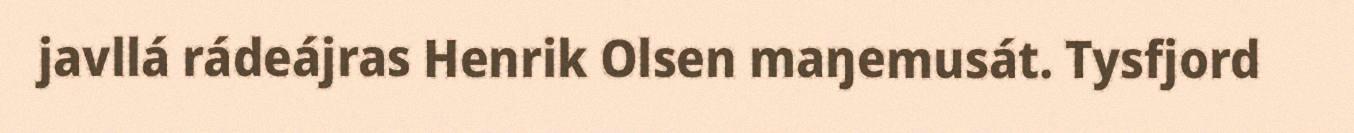
javllá rádeájras Henrik Olsen maŋemusát. Tysfjord